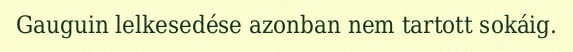
Gauguin lelkesedése azonban nem tartott sokáig.